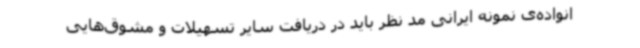
انواده‌ی نمونه ایرانی مد نظر باید در دریافت سایر تسهیلات و مشوق‌هایی